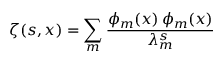
\zeta ( s , x ) = \sum _ { m } \frac { \phi _ { m } ( x ) \, \phi _ { m } ( x ) } { \lambda _ { m } ^ { s } }